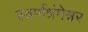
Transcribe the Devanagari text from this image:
स्वर्णश्रंगेश्वर